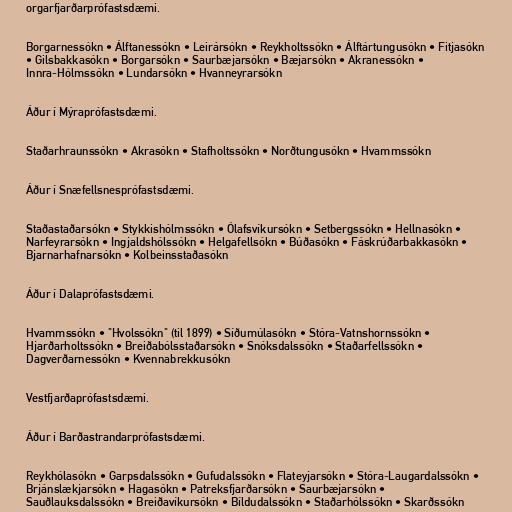
orgarfjarðarprófastsdæmi.

Borgarnessókn • Álftanessókn • Leirársókn • Reykholtssókn • Álftártungusókn • Fitjasókn
• Gilsbakkasókn • Borgarsókn • Saurbæjarsókn • Bæjarsókn • Akranessókn •
Innra-Hólmssókn • Lundarsókn • Hvanneyrarsókn

Áður í Mýraprófastsdæmi.

Staðarhraunssókn • Akrasókn • Stafholtssókn • Norðtungusókn • Hvammssókn

Áður í Snæfellsnesprófastsdæmi.

Staðastaðarsókn • Stykkishólmssókn • Ólafsvíkursókn • Setbergssókn • Hellnasókn •
Narfeyrarsókn • Ingjaldshólssókn • Helgafellsókn • Búðasókn • Fáskrúðarbakkasókn •
Bjarnarhafnarsókn • Kolbeinsstaðasókn

Áður í Dalaprófastsdæmi.

Hvammssókn • "Hvolssókn" (til 1899) • Síðumúlasókn • Stóra-Vatnshornssókn •
Hjarðarholtssókn • Breiðabólsstaðarsókn • Snóksdalssókn • Staðarfellssókn •
Dagverðarnessókn • Kvennabrekkusókn

Vestfjarðaprófastsdæmi.

Áður í Barðastrandarprófastsdæmi.

Reykhólasókn • Garpsdalssókn • Gufudalssókn • Flateyjarsókn • Stóra-Laugardalssókn •
Brjánslækjarsókn • Hagasókn • Patreksfjarðarsókn • Saurbæjarsókn •
Sauðlauksdalssókn • Breiðavíkursókn • Bíldudalssókn • Staðarhólssókn • Skarðssókn